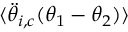
\langle \ddot { \theta } _ { i , c } ( \theta _ { 1 } - \theta _ { 2 } ) \rangle